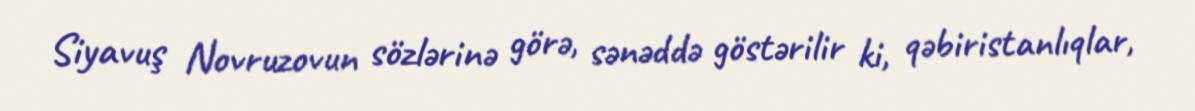
Siyavuş Novruzovun sözlərinə görə, sənəddə göstərilir ki, qəbiristanlıqlar,